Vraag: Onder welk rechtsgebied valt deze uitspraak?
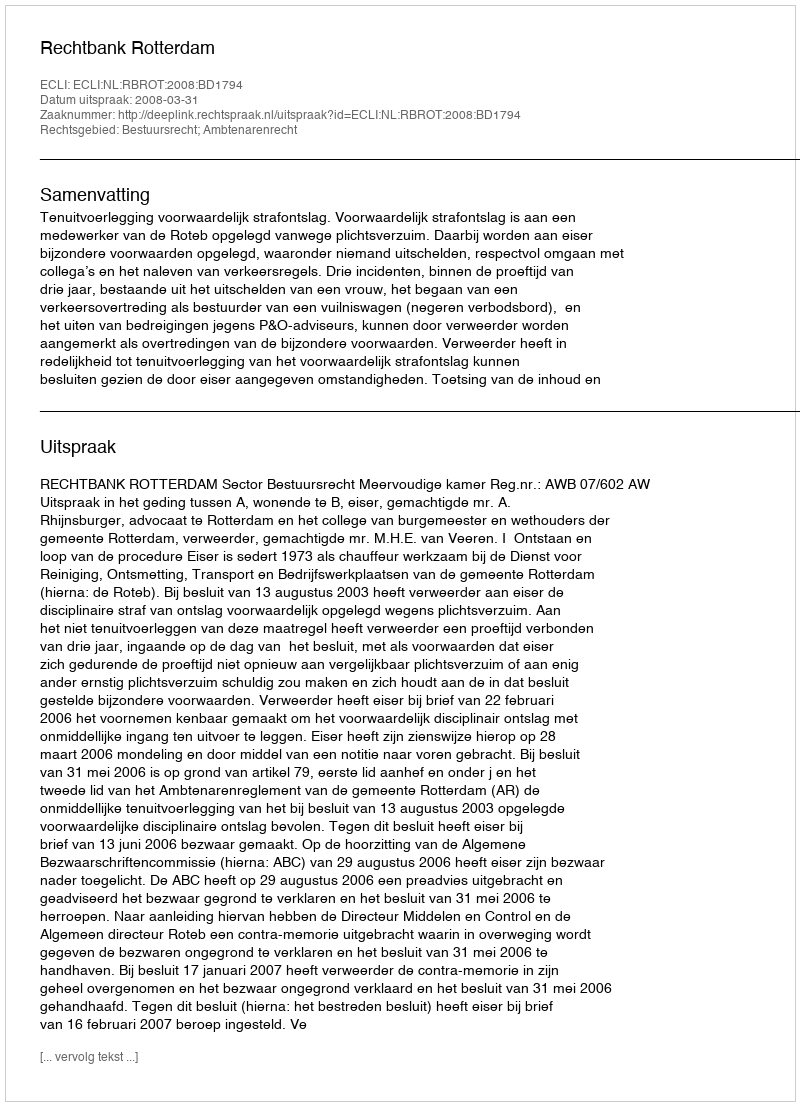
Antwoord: Bestuursrecht; Ambtenarenrecht